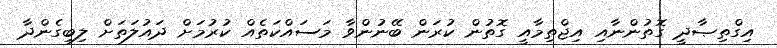
އިގްތިޞާދީ ގޮތުންނާއި އިޖްތިމާއީ ގޮތުން ކުރަން ބޭނުންވާ މަސައްކަތެއް ކުރުމަށް ދައުލަތަށް ލިބިގެންދާ